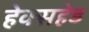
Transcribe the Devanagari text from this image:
हेक्सहेड